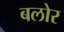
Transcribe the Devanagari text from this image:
बलोर